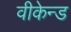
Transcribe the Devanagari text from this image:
वीकेन्ड